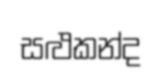
සළුකන්ද